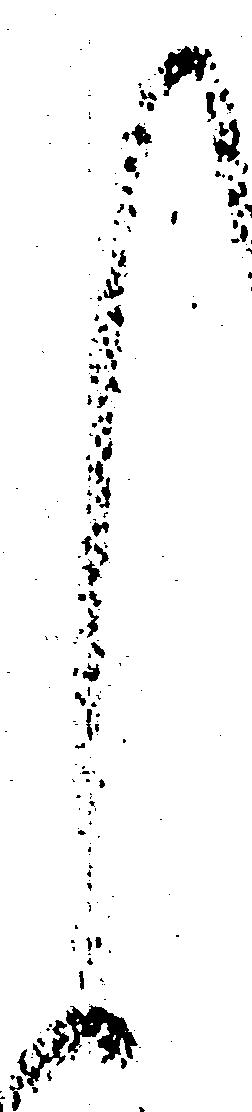
く